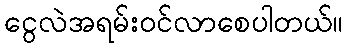
ငွေလဲအရမ်းဝင်လာစေပါတယ်။